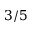
3 / 5